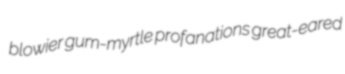
blowier gum-myrtle profanations great-eared